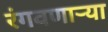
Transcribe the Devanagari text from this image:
रंगवणाऱ्या